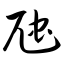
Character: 虺